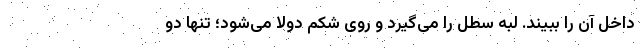
داخل آن را ببیند. لبه سطل را می‌گیرد و روی شکم دولا می‌شود؛ تنها دو